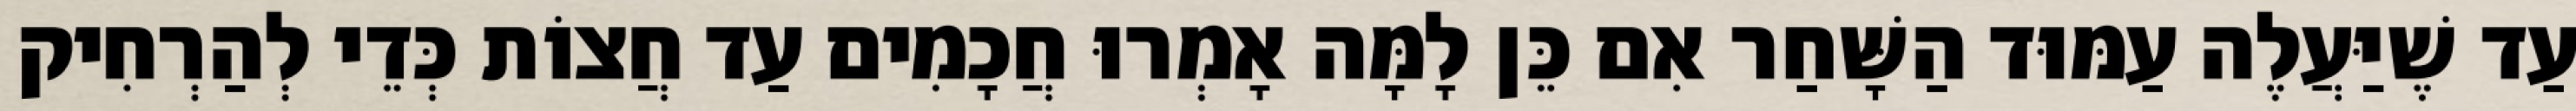
עַד שֶׁיַּעֲלֶה עַמּוּד הַשָּׁחַר אִם כֵּן לָמָּה אָמְרוּ חֲכָמִים עַד חֲצוֹת כְּדֵי לְהַרְחִיק